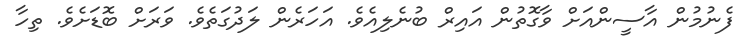
ފެނުމުން އާސީންއަށް ވާގޮތުން އައިރް ބުނެލިއެވެ. އަހަރެން ލަދުގަތެވެ. ވަރަށް ބޮޑަށެވެ. ތިހާ